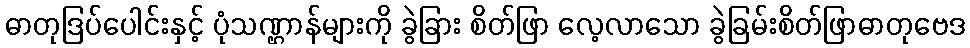
ဓာတုဒြပ်ပေါင်းနှင့် ပုံသဏ္ဌာန်များကို ခွဲခြား စိတ်ဖြာ လေ့လာသော ခွဲခြမ်းစိတ်ဖြာဓာတုဗေဒ